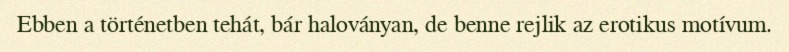
Ebben a történetben tehát, bár haloványan, de benne rejlik az erotikus motívum.